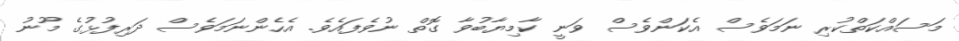
މަސައްކަތްކުރި ނަމަވެސް އެކަންވެސް ވަނީ ކާމިޔާބުވާ ގޮތް ނުވެފައެވެ. އެހެންނަމަވެސް ދަރިފުޅުގެ މޫނު